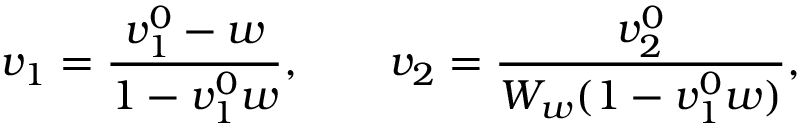
v _ { 1 } = \frac { v _ { 1 } ^ { 0 } - w } { 1 - v _ { 1 } ^ { 0 } w } , \qquad v _ { 2 } = \frac { v _ { 2 } ^ { 0 } } { W _ { w } ( 1 - v _ { 1 } ^ { 0 } w ) } ,